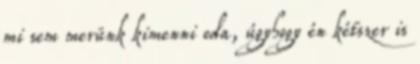
mi sem merünk kimenni oda, úgyhogy én kétszer is